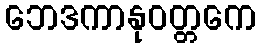
ဘေဒကာနုဝတ္တကေ